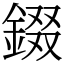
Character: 錣